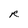
Character: R